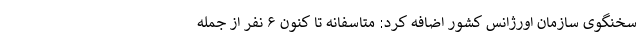
سخنگوی سازمان اورژانس کشور اضافه کرد: متاسفانه تا کنون ۶ نفر از جمله